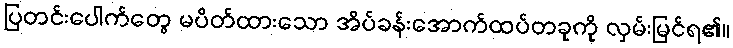
ပြတင်းပေါက်တွေ မပိတ်ထားသော အိပ်ခန်းအောက်ထပ်တခုကို လှမ်းမြင်ရ၏။